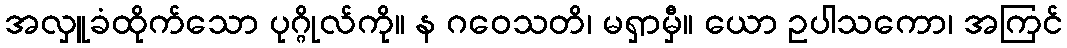
အလှူခံထိုက်သော ပုဂ္ဂိုလ်ကို။ န ဂဝေသတိ၊ မရှာမှီ။ ယော ဥပါသကော၊ အကြင်